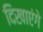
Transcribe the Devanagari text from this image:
दिखाएंगे